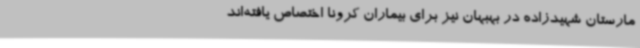
مارستان شهیدزاده در بهبهان نیز برای بیماران کرونا اختصاص یافته‌اند